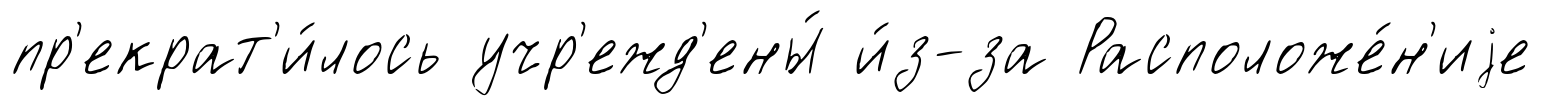
пр'екрат'и́лось учр'ежд'ены́ и́з-за Расположе́н'иjе